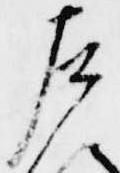
左